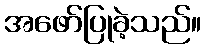
အဖော်ပြုခဲ့သည်။